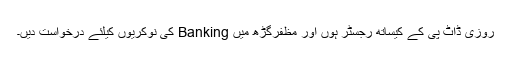
روزی ڈاٹ پی کے کیساتھ رجسٹر ہوں اور مظفرگڑھ میں Banking کی نوکریوں کیلئے درخواست دیں۔